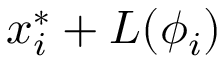
x _ { i } ^ { * } + L ( \phi _ { i } )